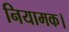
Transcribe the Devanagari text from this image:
नियामक।